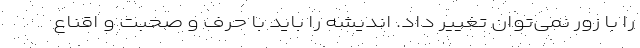
را با زور نمی‌توان تغییر داد. اندیشه را باید با حرف و صحبت و اقناع